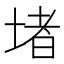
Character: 堵